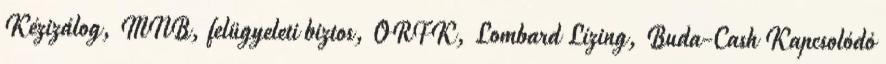
Kézizálog, MNB, felügyeleti biztos, ORFK, Lombard Lízing, Buda-Cash Kapcsolódó